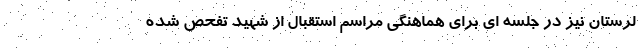
لرستان نیز در جلسه ای برای هماهنگی مراسم استقبال از شهید تفحص شده